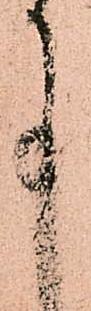
事